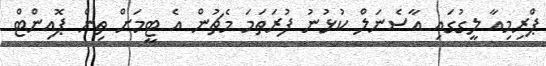
ޕްރިމިއާ ލީގުގައި އާސެނަލް ކުޅުނު ފުރަތަމަ މެޗުން އެ ޓީމަށް ތިން ޕޮއިންޓް